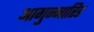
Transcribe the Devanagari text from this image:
आगुन्नारिड